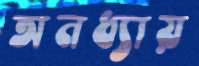
অনধ্যায়